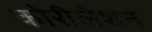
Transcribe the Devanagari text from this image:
कोरीलेशन